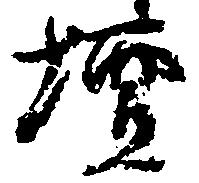
壇